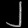
Digit: ၂